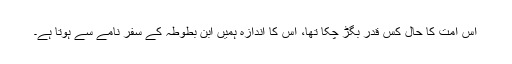
اس امت کا حال کس قدر بگڑ چکا تھا، اس کا اندازہ ہمیں ابن بطوطہ کے سفر نامے سے ہوتا ہے۔